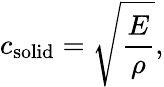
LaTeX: c_{\mathrm{solid}}={\sqrt{\frac{E}{\rho}}},